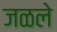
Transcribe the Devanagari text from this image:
जळले